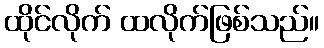
ထိုင်လိုက် ထလိုက်ဖြစ်သည်။